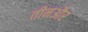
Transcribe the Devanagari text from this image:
तीनऔर